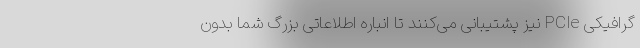
گرافیکی PCIe نیز پشتیبانی می‌کنند تا انباره اطلاعاتی بزرگ شما بدون